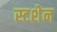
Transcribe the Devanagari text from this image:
स्टशेन